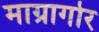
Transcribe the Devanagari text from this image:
माग्रागोर